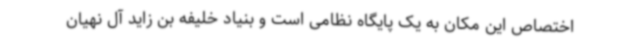
اختصاص این مکان به یک پایگاه نظامی است و بنیاد خلیفه بن زاید آل نهیان